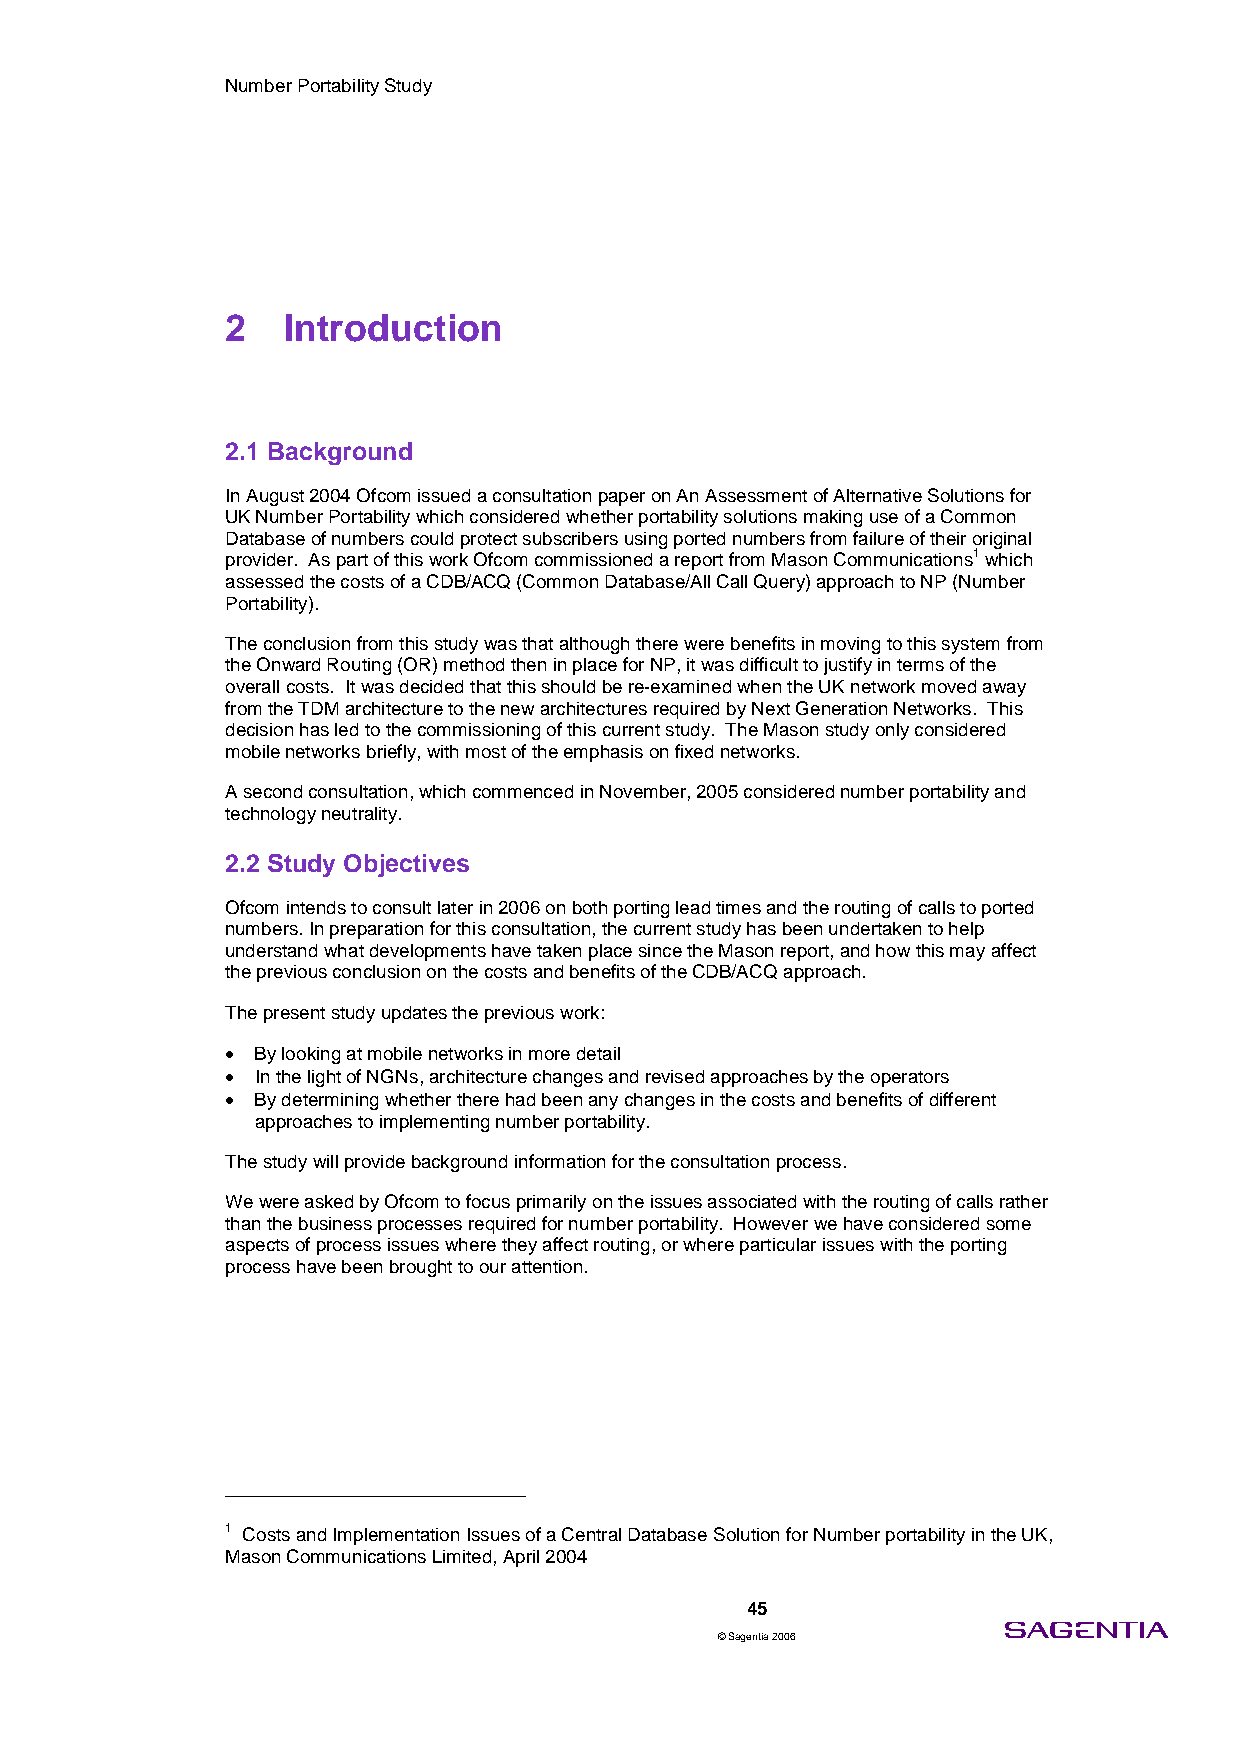
Number Portability Study
 2   Introduction
 2.1 Background
 In August 2004 Ofcom issued a consultation paper on An Assessment of Alternative Solutions for
 UK Number Portability which considered whether portability solutions making use of a Common
 Database of numbers could protect subscribers using ported numbers from failure of their original
 provider. As part of this work Ofcom commissioned a report from Mason Communications1 which
 assessed the costs of a CDB/ACQ (Common Database/All Call Query) approach to NP (Number
 Portability).
 The conclusion from this study was that although there were benefits in moving to this system from
 the Onward Routing (OR) method then in place for NP, it was difficult to justify in terms of the
 overall costs. It was decided that this should be re-examined when the UK network moved away
 from the TDM architecture to the new architectures required by Next Generation Networks. This
 decision has led to the commissioning of this current study. The Mason study only considered
 mobile networks briefly, with most of the emphasis on fixed networks.
 A second consultation, which commenced in November, 2005 considered number portability and
 technology neutrality.
 2.2 Study Objectives
 Ofcom intends to consult later in 2006 on both porting lead times and the routing of calls to ported
 numbers. In preparation for this consultation, the current study has been undertaken to help
 understand what developments have taken place since the Mason report, and how this may affect
 the previous conclusion on the costs and benefits of the CDB/ACQ approach.
 The present study updates the previous work:
 • By looking at mobile networks in more detail
 • In the light of NGNs, architecture changes and revised approaches by the operators
 • By determining whether there had been any changes in the costs and benefits of different
 approaches to implementing number portability.
 The study will provide background information for the consultation process.
 We were asked by Ofcom to focus primarily on the issues associated with the routing of calls rather
 than the business processes required for number portability. However we have considered some
 aspects of process issues where they affect routing, or where particular issues with the porting
 process have been brought to our attention.
 1 Costs and Implementation Issues of a Central Database Solution for Number portability in the UK,
 Mason Communications Limited, April 2004
 45
 © Sagentia 2006